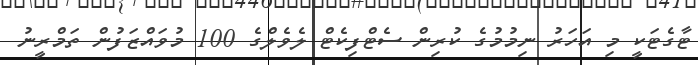
ޓާގެޓަކީ މި އަހަރު ނިމުމުގެ ކުރިން ސެޓްފިކެޓް ލެވެލްގެ 100 މުވައްޒަފުން ތަމްރީނު